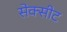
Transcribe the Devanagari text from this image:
सेक्सीट